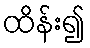
ထိန်း၍